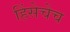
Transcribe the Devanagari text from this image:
हिंसेचेच